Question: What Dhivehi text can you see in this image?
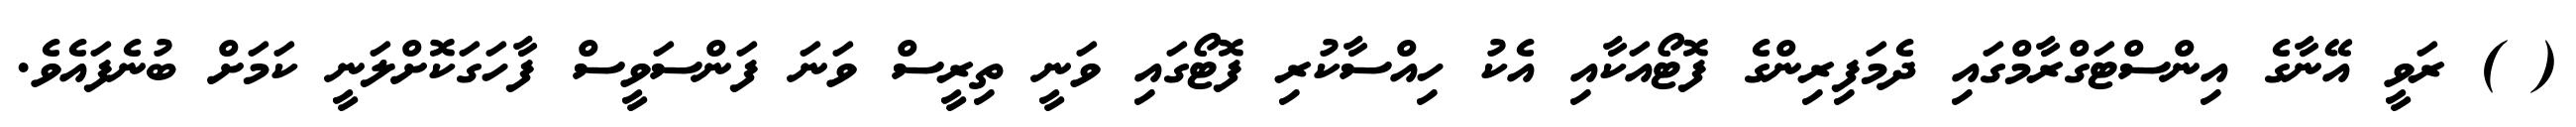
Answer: ( ) ރަވީ އޭނާގެ އިންސްޓަގްރާމްގައި ދެމަފިރިންގެ ފޮޓޯއަކާއި އެކު ހިއްސާކުރި ފޮޓޯގައި ވަނީ ތިރީސް ވަނަ ފަންސަވީސް ފާހަގަކޮށްލަނީ ކަމަށް ބުނެފައެވެ.